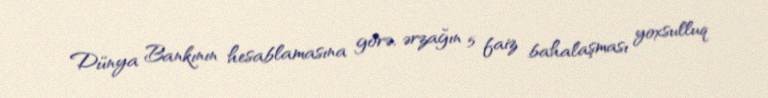
Dünya Bankının hesablamasına görə, ərzağın 5 faiz bahalaşması yoxsulluq